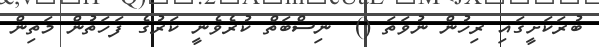
ބުރަކަށީގައި ރިހުން ނުވަތަ ()  ނިސްބަތް ކުރެވެނީ ކަރުގެ ފަހަތުން މަތިން